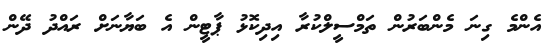
އެންމެ ގިނަ މެންބަރުން ތަމްސީލްކުރާ އިދިކޮޅު ޕާޓީން އެ ބަޔާނަށް ރައްދު ދޭން